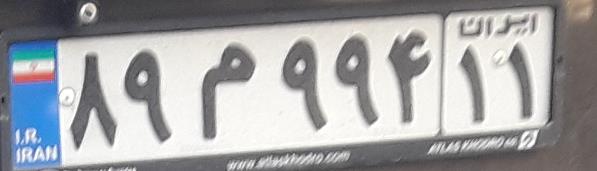
۸۹م۹۹۴۱۱